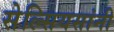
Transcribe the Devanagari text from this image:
सेल्सियसांनी